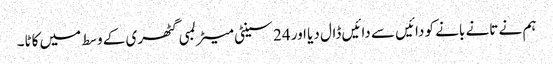
ہم نے تانے بانے کو دائیں سے دائیں ڈال دیا اور 24 سینٹی میٹر لمبی گٹھری کے وسط میں کاٹا۔